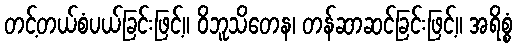
တင့်တယ်စံပယ်ခြင်းဖြင့်။ ဝိဘူသိတေန၊ တန်ဆာဆင်ခြင်းဖြင့်။ အရိစ္စံ